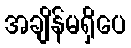
အချိန်မရှိပေ